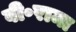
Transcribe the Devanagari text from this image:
वी॰रामा